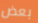
بعض